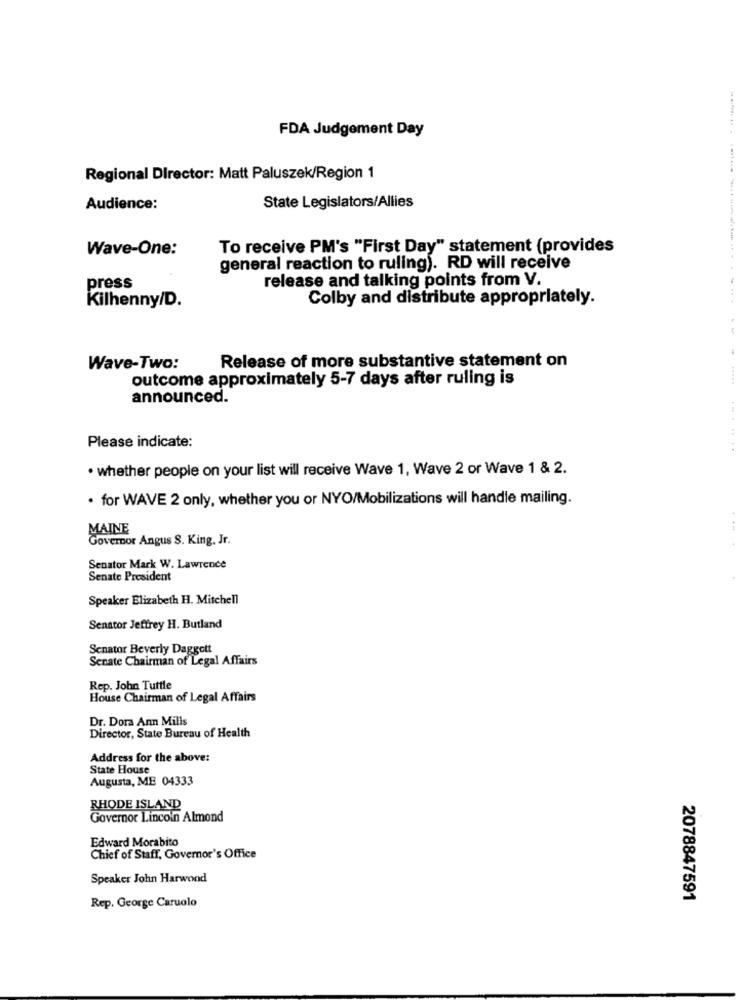
FDA Judgement Day
Regional Director: Matt Paluszek/Region 1
State Legislators/Allies
Audience:
Wave-One:
To receive PM's "First Day" statement (provides
general reaction to ruling). RD will receive
release and talking points from V.
press
Colby and distribute appropriately.
Kilhenny/D.
Release of more substantive statement on
.........
Wave-Two:
outcome approximately 5-7 days after ruling is
announced.
Please indicate:
. whether people on your list will receive Wave 1, Wave 2 or Wave 1 & 2.
. for WAVE 2 only, whether you or NYO/Mobilizations will handle mailing.
MAINE
Governor Angus S. King, Jr.
Senator Mark W. Lawrence
Senate President
Speaker Elizabeth H. Mitchell
Senator Jeffrey H. Butland
Senator Beverly Daggett
Senate Chairman of Legal Affairs
Rep. John Tuttle
House Chairman of Legal Affairs
Dr. Dora Ann Mills
Director, State Bureau of Health
Address for the above:
State House
Augusta, ME 04333
RHODE ISLAND
Governor Lincoln Almond
Edward Morabito
Chief of Staff, Governor's Office
Speaker John Harwond
2078847591
Rep. George Caruolo